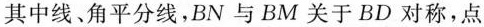
其中线。角平分线，BN与BM关于BD对称，点